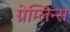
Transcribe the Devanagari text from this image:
ग्रेम्लिन्स